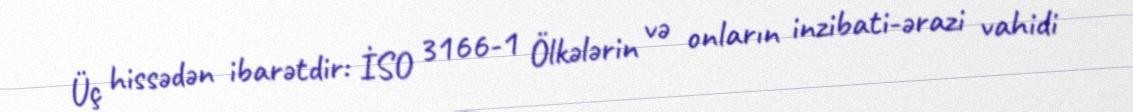
Üç hissədən ibarətdir: İSO 3166-1 Ölkələrin və onların inzibati-ərazi vahidi